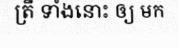
ត្រី ទាំងនោះ ឲ្យ មក